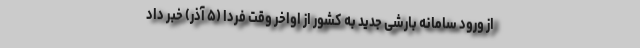
از ورود سامانه بارشی جدید به کشور از اواخر وقت فردا (۵ آذر) خبر داد